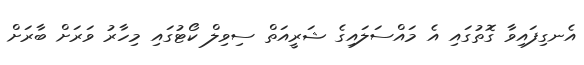
އެނގިފައިވާ ގޮތުގައި އެ މައްސަލައިގެ ޝަރީއަތް ސިވިލް ކޯޓުގައި މިހާރު ވަރަށް ބާރަށް